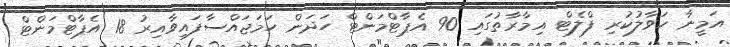
އަމީނާ ހަވާލުކުރި ފްލެޓް އިމާރާތުގައި 90 އެޕާޓްމަންޓް ހަދަން ހަމަޖައްސާފައިވާއިރު 18 އެޕާޓްމަންޓް